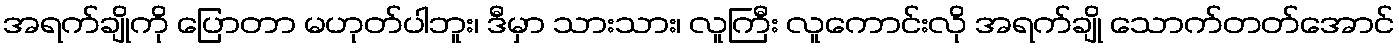
အရက်ချိုကို ပြောတာ မဟုတ်ပါဘူး၊ ဒီမှာ သားသား၊ လူကြီး လူကောင်းလို အရက်ချို သောက်တတ်အောင်